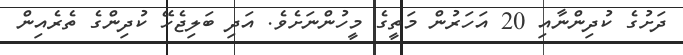
ދަށުގެ ކުދިންނާއި 20 އަހަރުން މަތީގެ މީހުންނަށެވެ. އަދި ބަލިޖެހޭ ކުދިންގެ ތެރެއިން